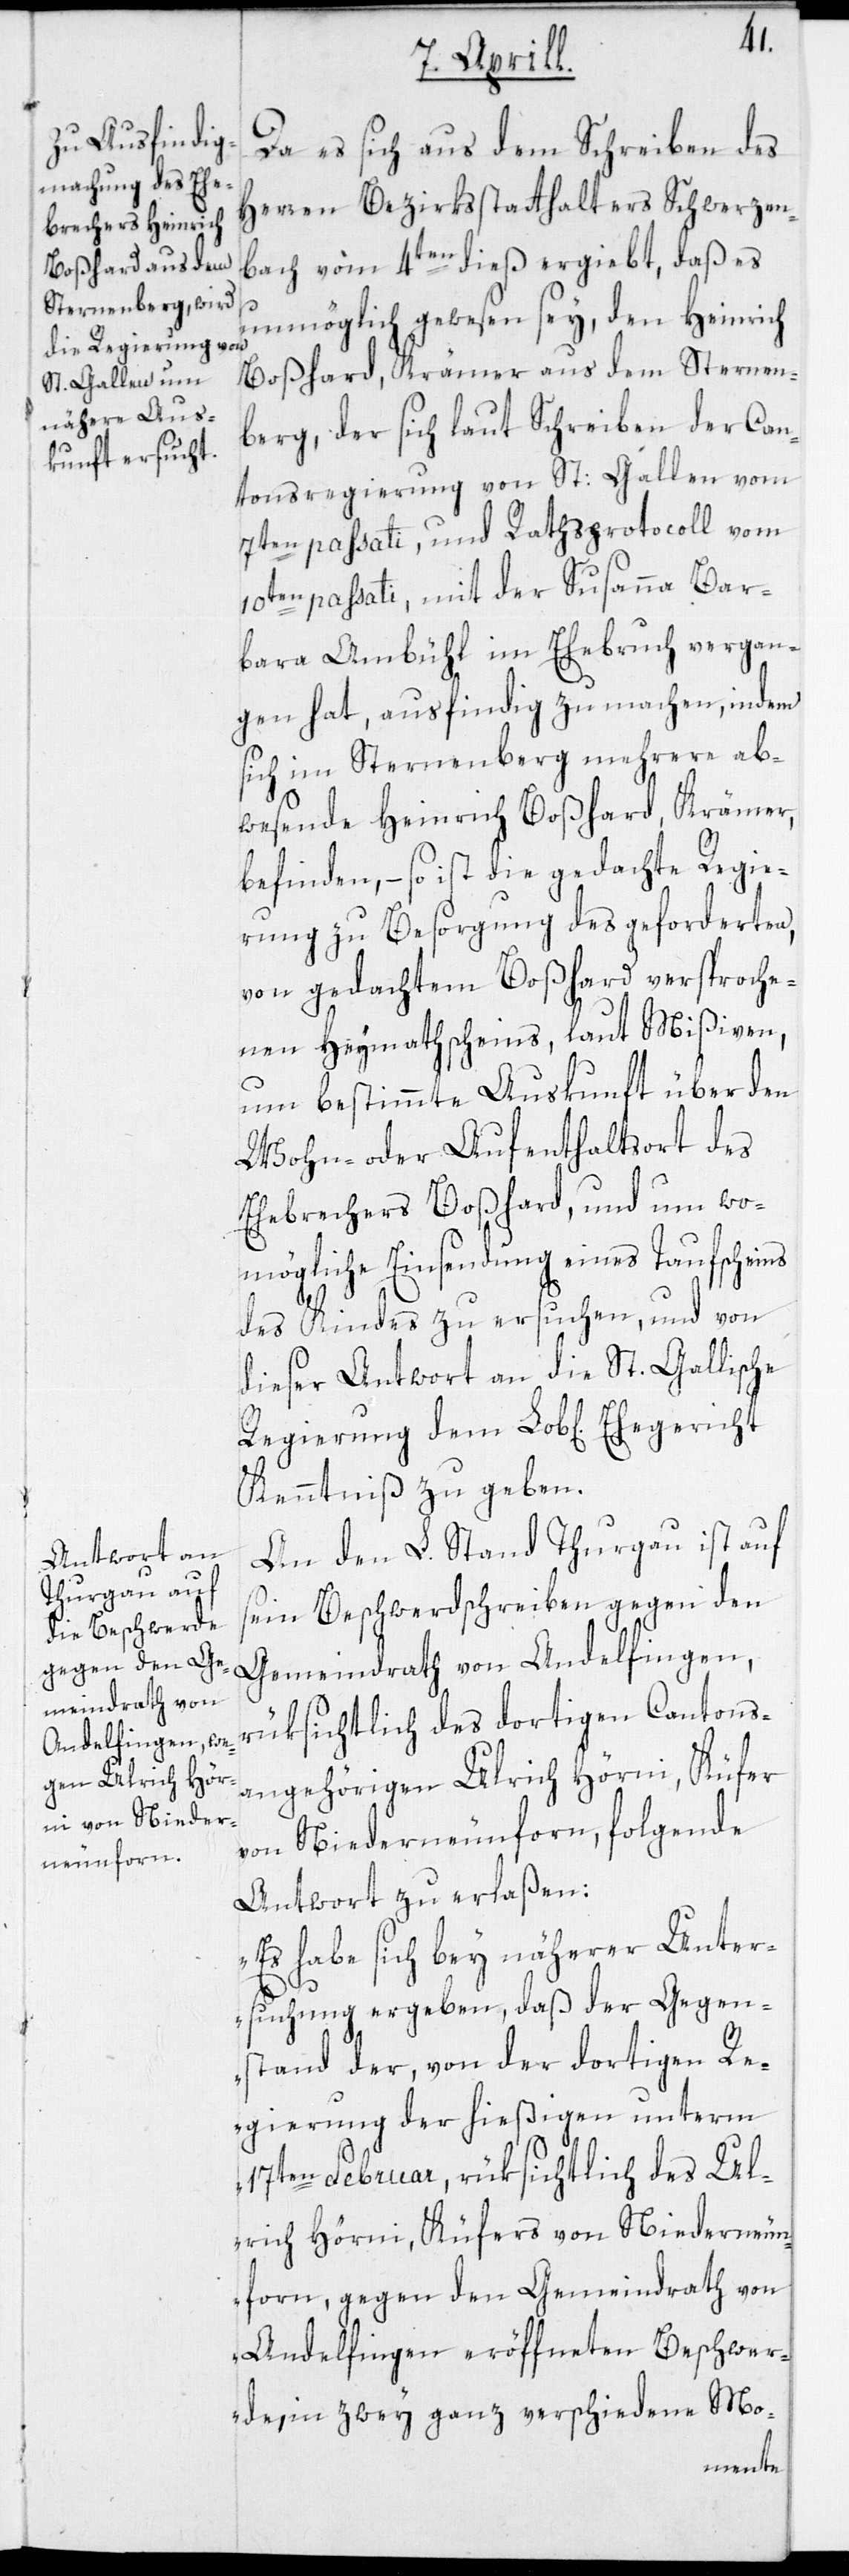
Da es sich aus dem Schreiben des
Herren Bezirksstatthalters Schwerzen¬
bach vom 4ten dieß ergiebt, daß es
unmöglich gewesen sey, den Heinrich
Boßhard, Krämer aus dem Sternen¬
berg, der sich laut Schreiben der Can¬
tonsregierung von St: Gallen vom
7ten passati, und Rathsprotocoll vom
10ten passati, mit der Susanna Bar¬
bara Ambühl im Ehebruch vergan¬
gen hat, ausfindig zu machen, indem
sich im Sternenberg mehrere ab¬
wesende Heinrich Boßhard, Krämer,
befinden, – so ist die gedachte Regie¬
rung zu Besorgung des geforderten,
von gedachtem Boßhard versproche¬
nen Heymathscheins, laut Mißiven,
um bestimmte Auskunft über den
Wohn- oder Aufenthaltsort des
Ehebrechers Boßhard, und um wo¬
mögliche Einsendung eines Taufscheins
des Kindes zu ersuchen, und von
dieser Antwort an die St. Gallische
Kenntniß zu geben.
An den L. Stand Thurgau ist auf
sein Beschwerdschreiben gegen den
Gemeindrath von Andelfingen,
rücksichtlich des dortigen Cantons¬
angehörigen Ulrich Hörni, Küfer
von Niederneunforn, folgende
Antwort zu erlaßen:
„Es habe sich bey näherer Unter¬
suchung ergeben, daß der Gegen¬
stand der, von der dortigen R¬
egierung der hießigen unterm
17ten Februar, rücksichtlich des Ul¬
rich Hörni, Küfers von Niederneun¬
forn, gegen den Gemeindrath von
Andelfingen eröffneten Beschwer¬
de, in zwey ganz verschiedene Mo-